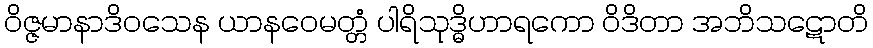
ဝိဇ္ဇမာနာဒိဝသေန ယာနဝေမတ္တံ ပါရိသုဒ္ဓိဟာရကော ဝိဒိတာ အဘိသဋောတိ